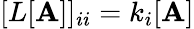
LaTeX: [L[\mathbf{A}]]_{ii}=k_{i}[\mathbf{A}]